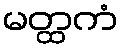
မတ္ထကံ